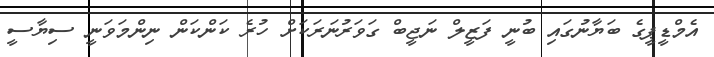
އެމްޑީޕީގެ ބަޔާނުގައި ބުނީ ފަޒީލް ނަޖީބް ގަވަރުނަރަކަށް ހުރެ ކަންކަން ނިންމަވަނީ ސިޔާސީ